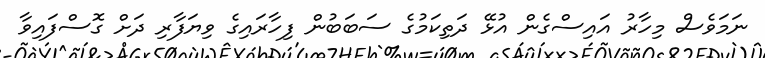
ނަމަވެސް މިހާރު އައިސްގެން އުޅޭ ދަތިކަމުގެ ސަބަބުން ފިހާރައިގެ ވިޔަފާރި ދަށް ގޮސްފައިވާ